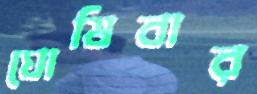
ঘোষিবার